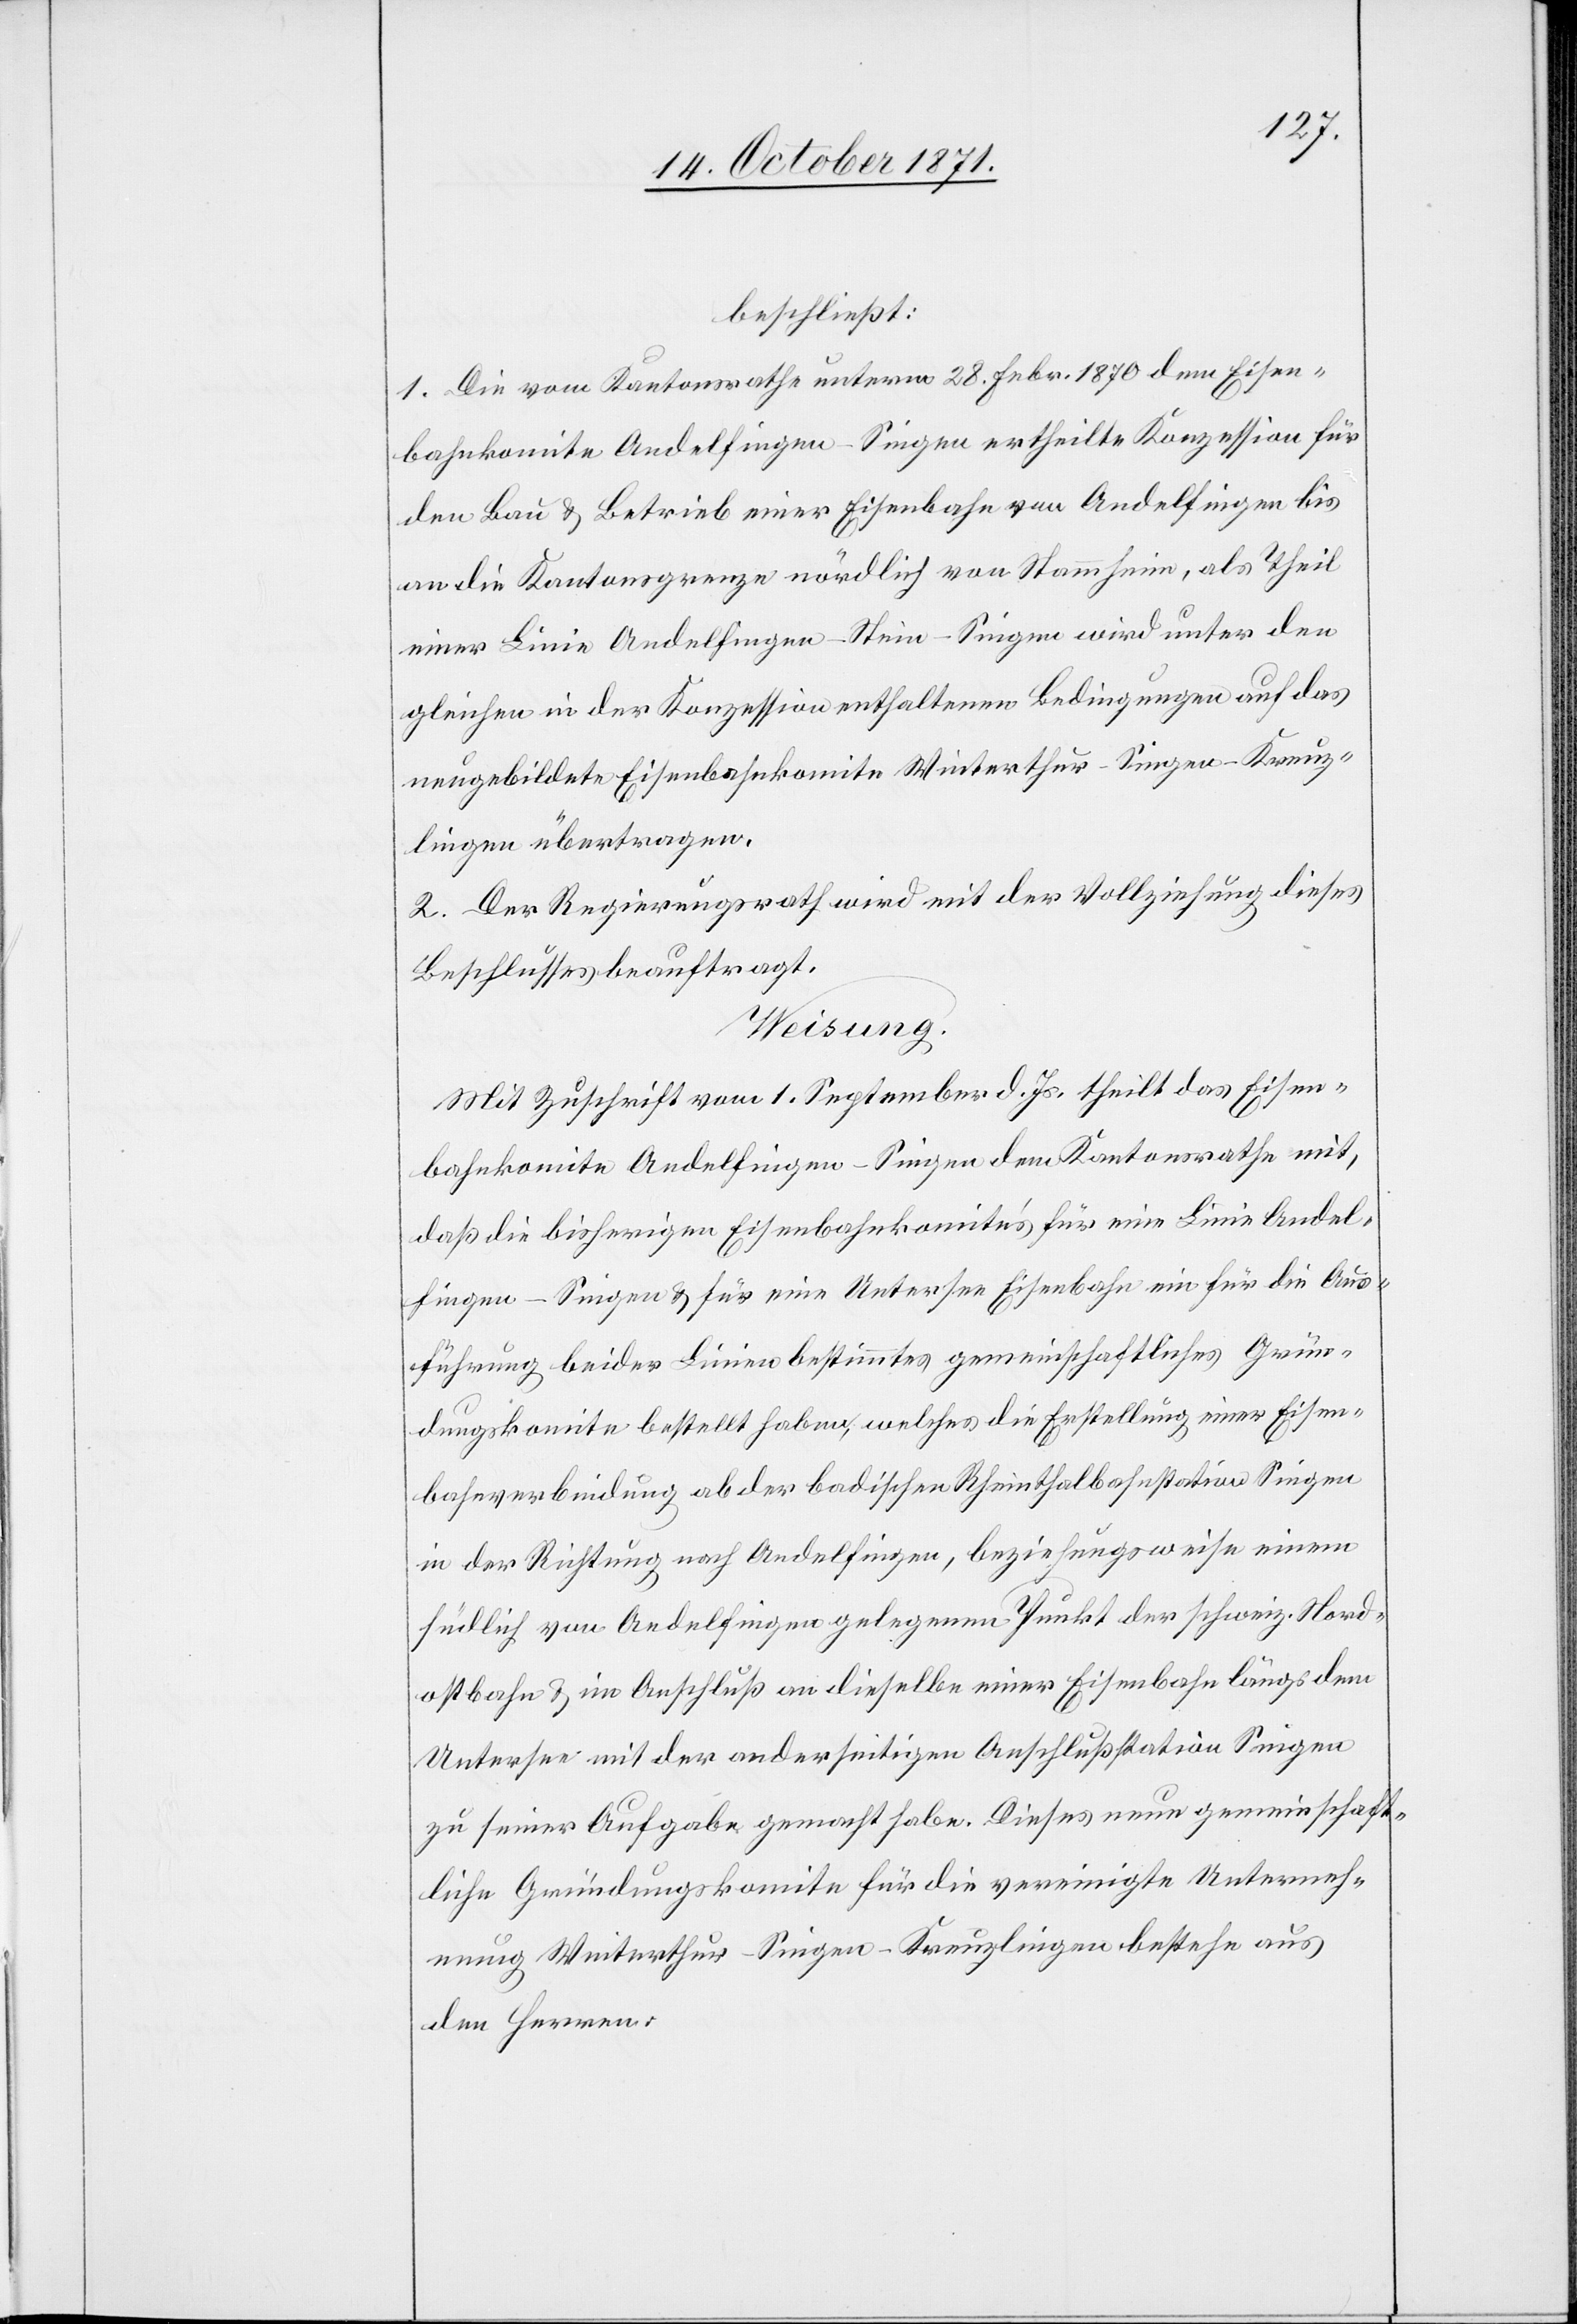
beschließt:
1. Die vom Kantonsrathe unterm 28. Febr. 1870 dem Eisen¬
bahnkomite Andelfingen–Singen ertheilte Konzession für
den Bau & Betrieb einer Eisenbahn von Andelfingen bis
an die Kantonsgrenze nördlich von Stammheim, als Theil
einer Linie Andelfingen–Stein–Singen wird unter den
gleichen in der Konzession enthaltenen Bedingungen auf das
neugebildete Eisenbahnkomite Winterthur–Singen–Kreuz¬
lingen übertragen.
2. Der Regierungsrath wird mit der Vollziehung dieses
Beschlusses beauftragt.
Weisung.
Mit Zuschrift vom 1. September d. Js. theilt das Eisen¬
bahnkomite Andelfingen–Singen dem Kantonsrath mit,
daß die bisherigen Eisenbahnkomités für eine Linie Andel¬
fingen–Singen & für eine Untersee Eisenbahn ein für die Aus¬
führung beider Linien bestimmtes gemeinschaftliches Grün¬
dungskomite bestellt haben, welches die Erstellung einer Eisen¬
bahnverbindung ab der badischen Rheinthalbahnstation Singen
in der Richtung nach Andelfingen, beziehungsweise einem
südlich von Andelfingen gelegenen Punkt der schweiz. Nord¬
ostbahn & im Anschluß an dieselbe einer Eisenbahn längs dem
Untersee mit der anderseitigen Anschlußstation Singen
zu seiner Aufgabe gemacht habe. Dieses neue gemeinschaft¬
liche Gründungskomite für die vereinigte Unterneh¬
mung Winterthur–Singen–Kreuzlingen bestehe aus
den Herren: